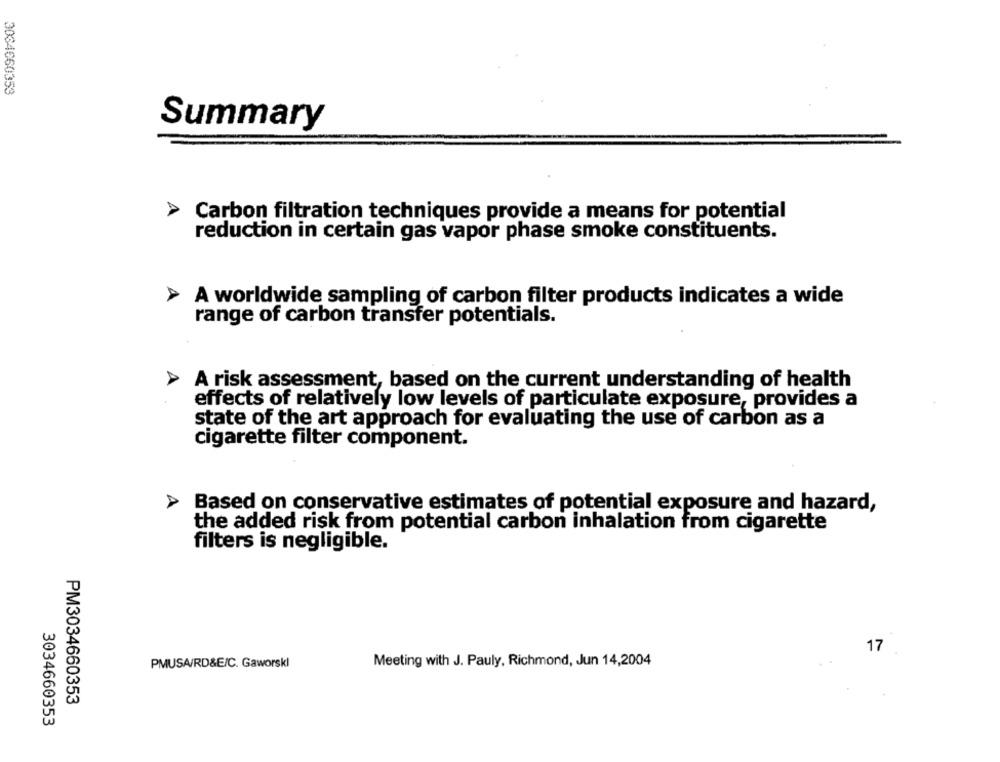
3034660353
Summary
Carbon filtration techniques provide a means for potential
reduction in certain gas vapor phase smoke constituents.
A worldwide sampling of carbon filter products indicates a wide
range of carbon transfer potentials.
A risk assessment, based on the current understanding of health
effects of relatively low levels of particulate exposure, provides a
state of the art approach for evaluating the use of carbon as a
cigarette filter component.
Based on conservative estimates of potential exposure and hazard,
the added risk from potential carbon inhalation from cigarette
filters is negligible.
17
Meeting with J. Pauly, Richmond, Jun 14,2004
PMUSA/RD&E/C. Gaworskl
PM3034660353
3034660353